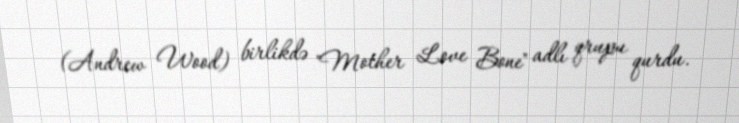
(Andrew Wood) birlikdə "Mother Love Bone" adlı qrupu qurdu.